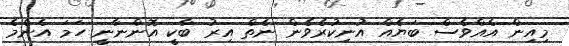
މިއިން އެއްވެސް ބަޔެއް އުނިކުރެވެން ނެތް އިރު ބާކީ އޮންނާނީ ހަމަ އެންމެ